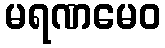
မရဏမေဝ